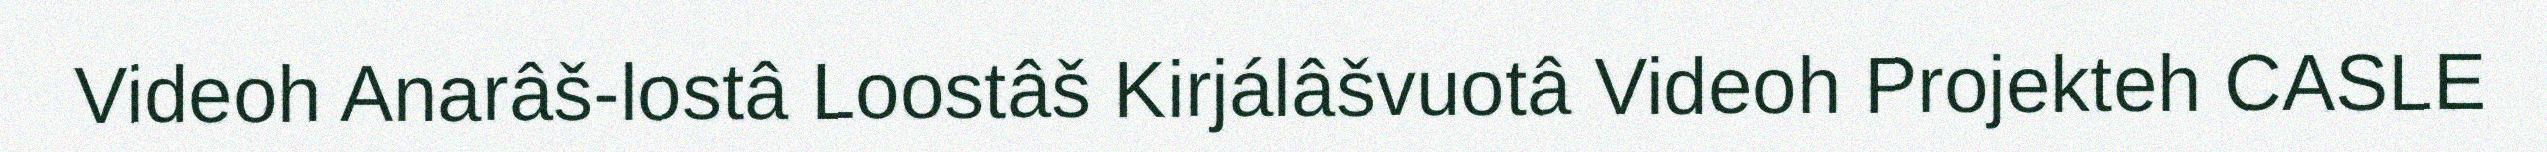
Videoh Anarâš-lostâ Loostâš Kirjálâšvuotâ Videoh Projekteh CASLE